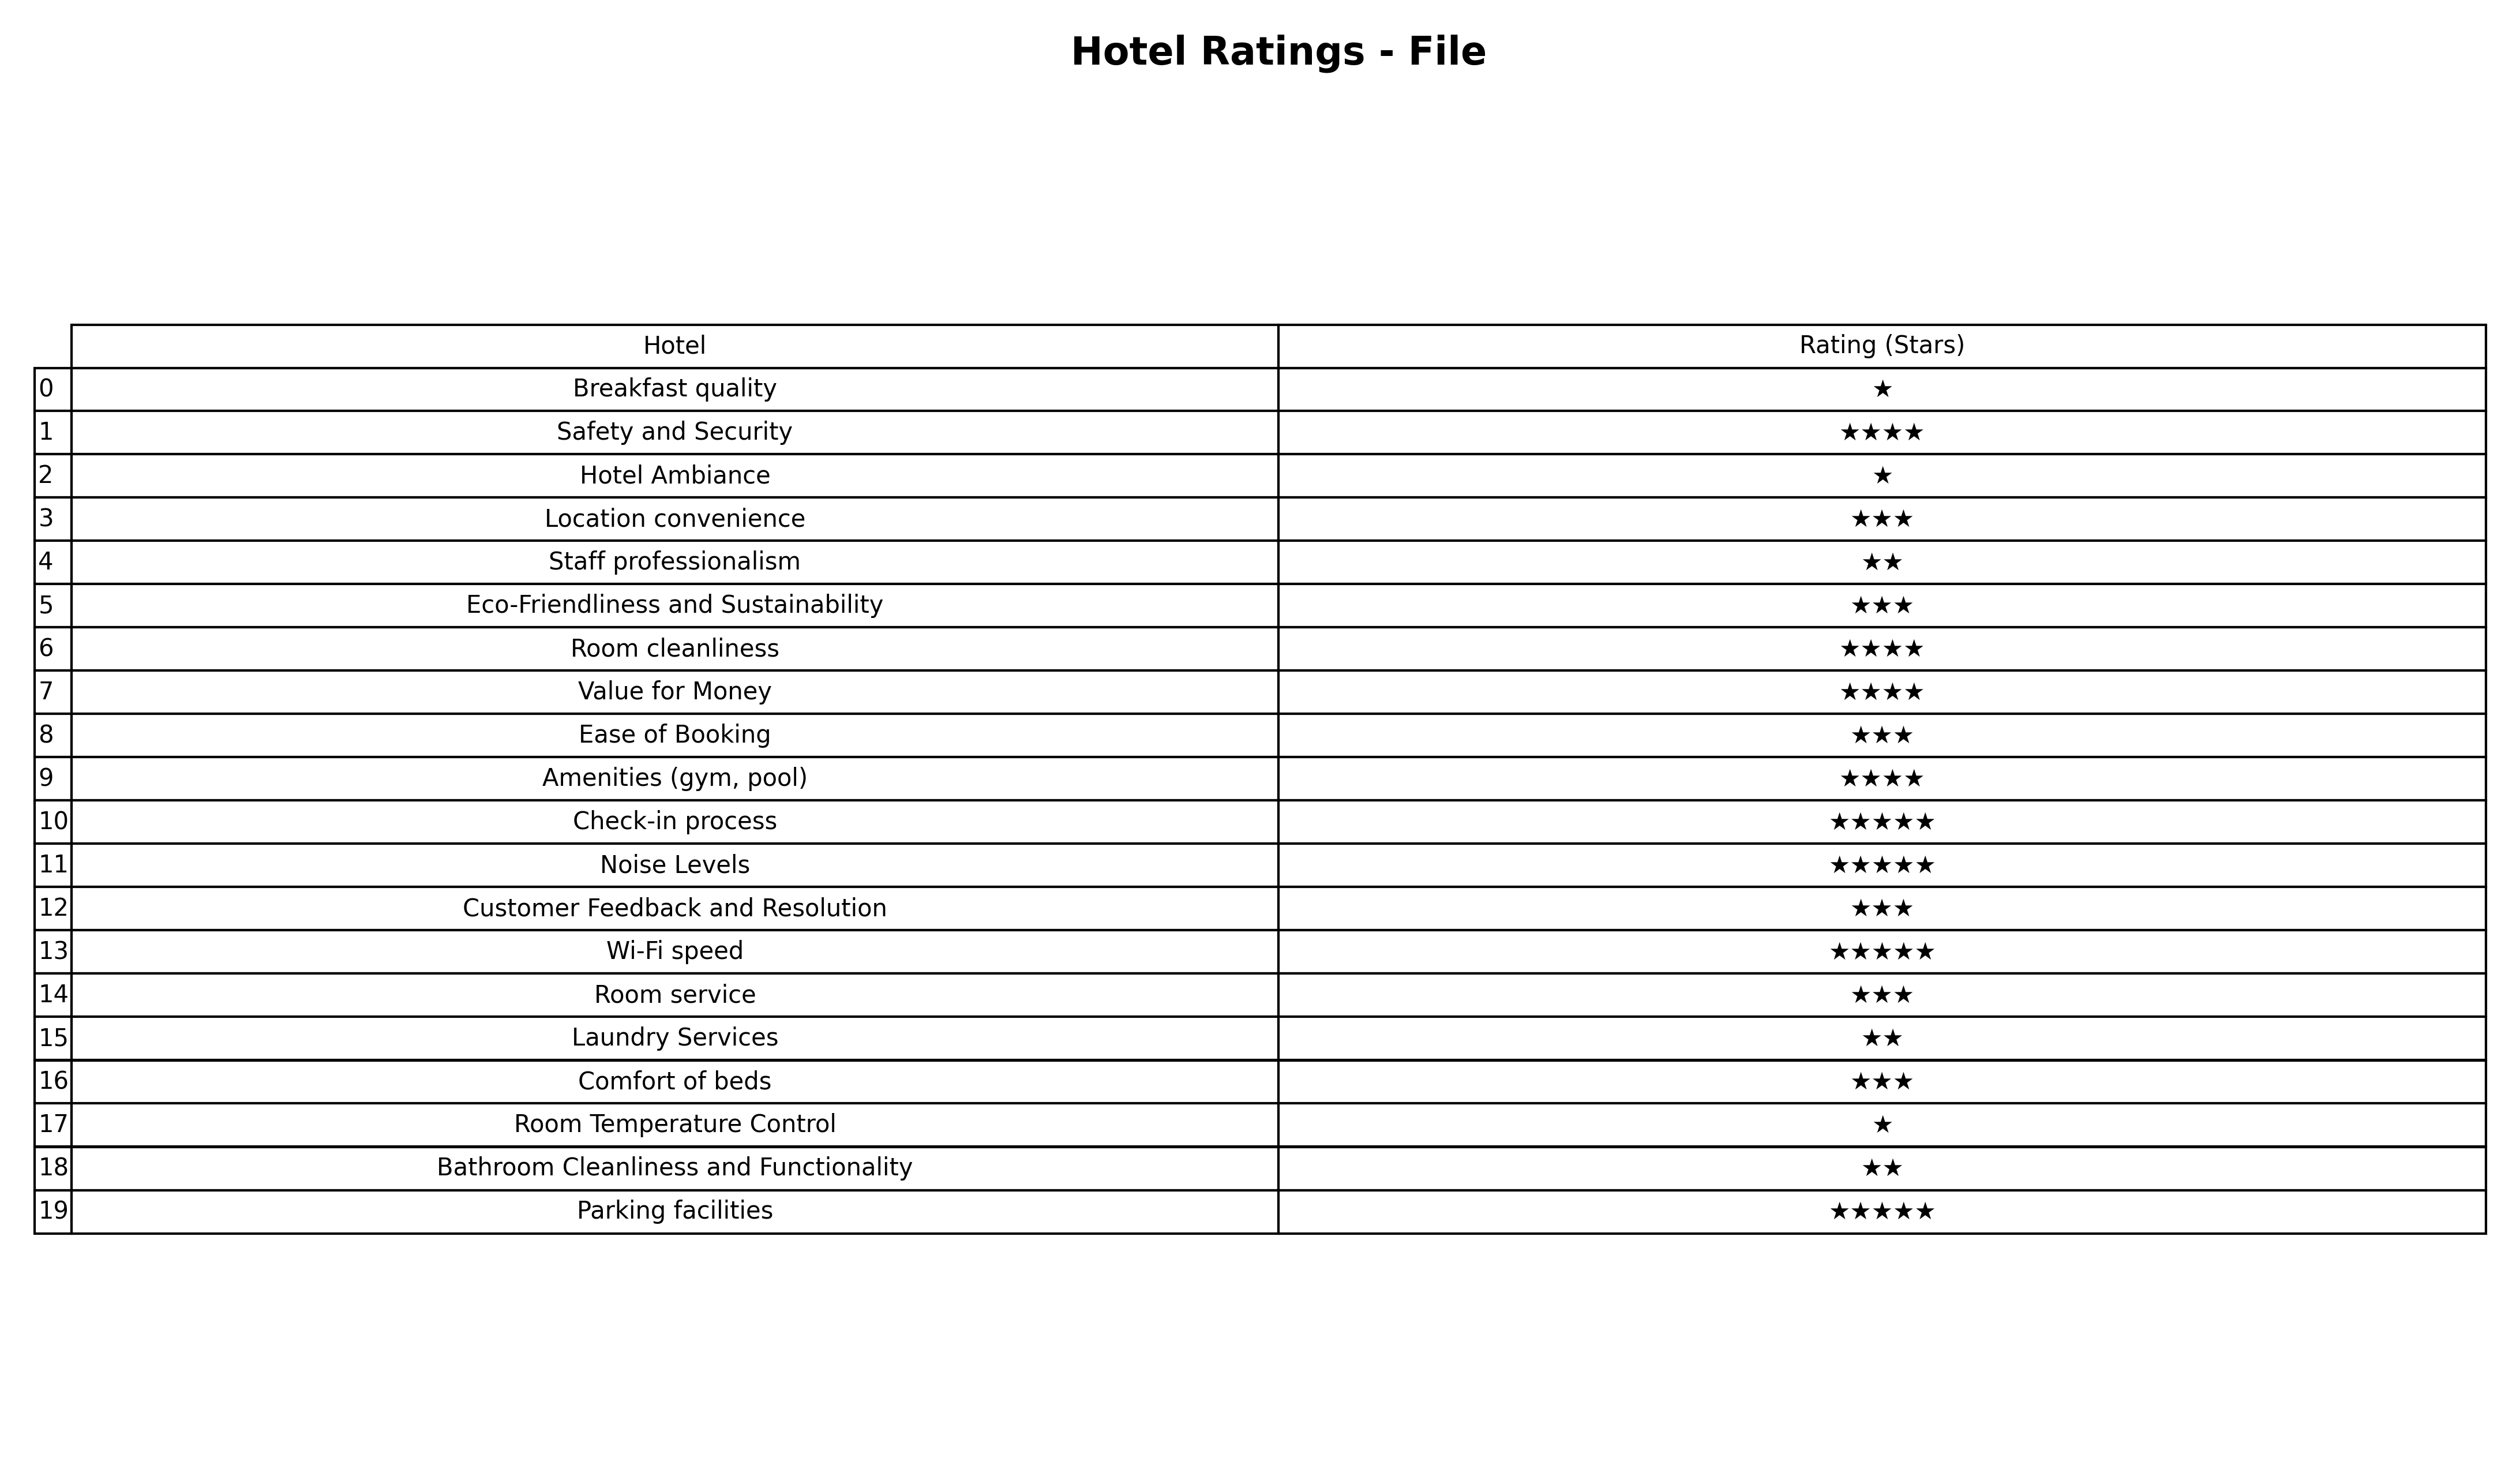
question: What are lowest rating services?
answer: Breakfast qualityHotel AmbianceRoom Temperature Control